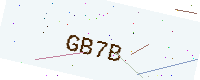
Text: GB7B